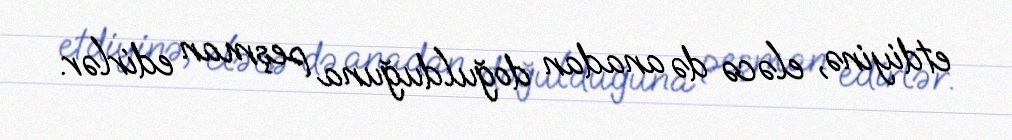
etdiyinə, eləcə də anadan doğulduğuna peşman edirlər.